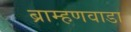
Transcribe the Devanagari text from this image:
ब्राम्हणवाडा